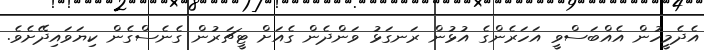
އެދެމީހުން އެއްބަސްވީ އަހަރެންގެ އުޅުން ރަނގަޅު ވަންދެން ގެއަށް ޓީޗަރުން ގެނެސްގެން ކިޔަވައިދޭށެވެ.